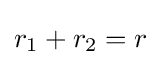
r_{1}+r_{2}=r